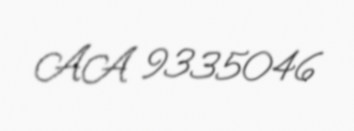
AA 9335046